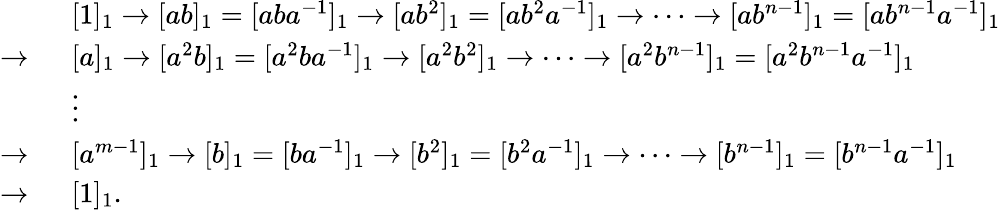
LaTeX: \begin{array}{rl}&{[1]_{1}\to[ab]_{1}=[aba^{-1}]_{1}\to[ab^{2}]_{1}=[ab^{2}a^{-1}]_{1}\to\cdots\to[ab^{n-1}]_{1}=[ab^{n-1}a^{-1}]_{1}}\\ {\to~}&{[a]_{1}\to[a^{2}b]_{1}=[a^{2}ba^{-1}]_{1}\to[a^{2}b^{2}]_{1}\to\cdots\to[a^{2}b^{n-1}]_{1}=[a^{2}b^{n-1}a^{-1}]_{1}}\\ &{\vdots}\\ {\to~}&{[a^{m-1}]_{1}\to[b]_{1}=[ba^{-1}]_{1}\to[b^{2}]_{1}=[b^{2}a^{-1}]_{1}\to\cdots\to[b^{n-1}]_{1}=[b^{n-1}a^{-1}]_{1}}\\ {\to~}&{[1]_{1}.}\end{array}